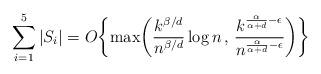
LaTeX: \begin{align*}\sum_{i=1}^5 |S_i| = O\biggl\{\max\biggl(\frac{k^{\beta/d}}{n^{\beta/d}} \log n \, , \, \frac{k^{\frac{\alpha}{\alpha+d}-\epsilon}}{n^{\frac{\alpha}{\alpha+d}-\epsilon}}\biggr)\biggr\}\end{align*}